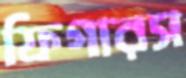
ফিগারস